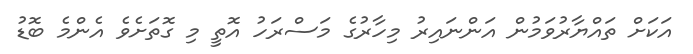
އަކަށް ތައްޔާރުވަމުން އަންނައިރު މިހާރުގެ މަސްރަހު އޮތީ މި ގޮތަށެވެ އެންމެ ބޮޑު